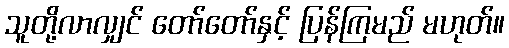
သူတို့လာလျှင် တော်တော်နှင့် ပြန်ကြမည် မဟုတ်။